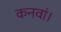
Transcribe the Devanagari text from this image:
कनवां।